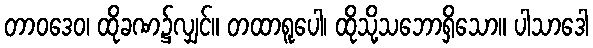
တာဝဒေဝ၊ ထိုခဏ၌လျှင်။ တထာရူပေါ၊ ထိုသို့သဘောရှိသော။ ပါသာဒေါ